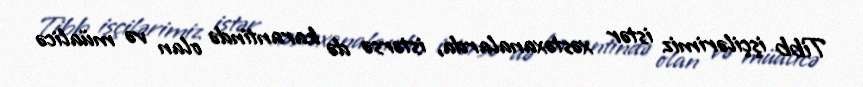
Tibb işçilərimiz istər xəstəxanalarda, istərsə də karantində olan və müalicə